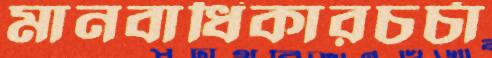
মানবাধিকারচর্চা